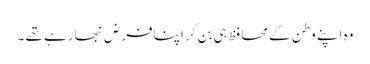
وہ اپنے وطن کے محافظ ہی بن کر اپنا فرض نبھا رہے تھے ۔